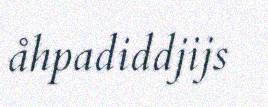
åhpadiddjijs